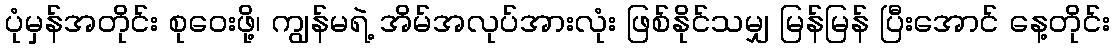
ပုံမှန်အတိုင်း စုဝေးဖို့၊ ကျွန်မရဲ့ အိမ်အလုပ်အားလုံး ဖြစ်နိုင်သမျှ မြန်မြန် ပြီးအောင် နေ့တိုင်း